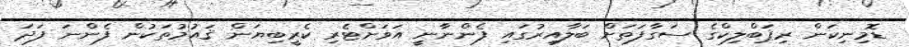
ޑޮމިނިކަން ރިޕަބްލިކްގެ ސަގާފަތަށް ބަލާއިރުގައި ފެންނާނީ އަވަށްޓެރި ކެރީބިޔަން ޤައުމުތަކުން ފެންނަ ފަދަ